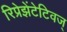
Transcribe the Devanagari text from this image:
रिप्रेझेंटेटिवज्